Problem: 6 × 4 = ?
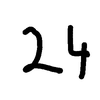
Handwritten answer: 24